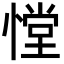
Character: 憆